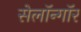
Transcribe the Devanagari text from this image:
सेलॉन्गॉर